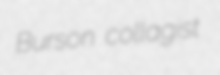
Burson collagist